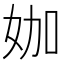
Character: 㚳